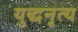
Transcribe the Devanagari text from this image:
युद्धनृत्य